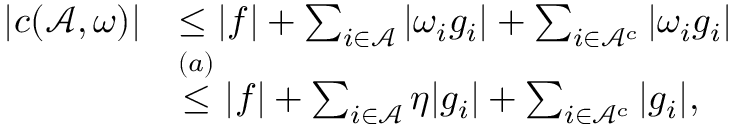
\begin{array} { r l } { \vert c ( { \ensuremath { \mathcal { A } } } , \boldsymbol { \omega } ) \vert } & { \leq \vert f \vert + \sum _ { i \in { \ensuremath { \mathcal { A } } } } \vert \omega _ { i } g _ { i } \vert + \sum _ { i \in { \ensuremath { \mathcal { A } } } ^ { c } } \vert \omega _ { i } g _ { i } \vert } \\ & { \overset { ( a ) } { \leq } \vert f \vert + \sum _ { i \in { \ensuremath { \mathcal { A } } } } \eta \vert g _ { i } \vert + \sum _ { i \in { \ensuremath { \mathcal { A } } } ^ { c } } \vert g _ { i } \vert , } \end{array}